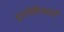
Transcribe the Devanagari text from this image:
पुरोहितवादी